Civil Veterinary Dept. Bombay admin report 1893-99 - 1893-1899
Year: 1893
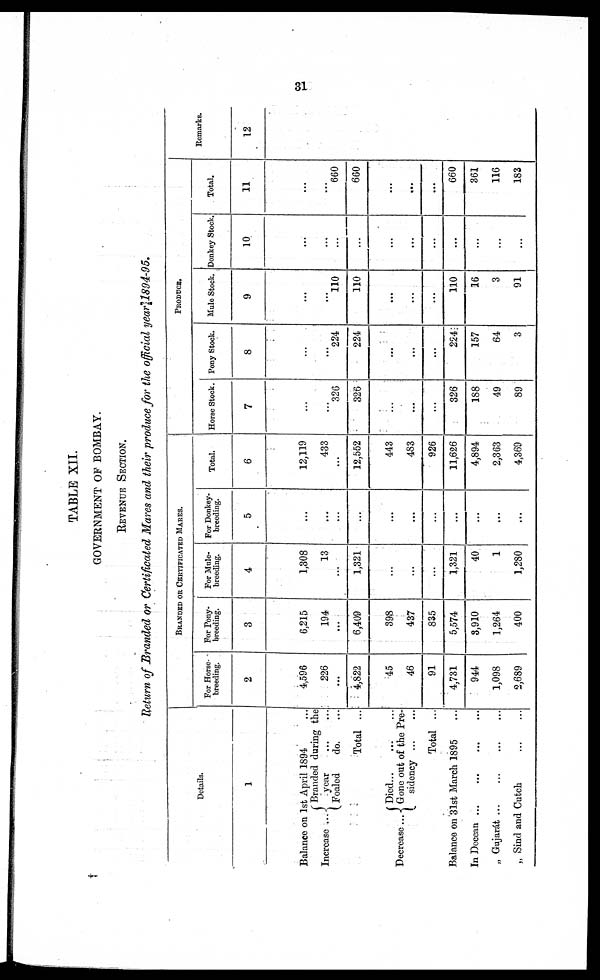
31
TABLE XII.
GOVERNMENT OF BOMBAY.
REVENUE SECTION
Return of Branded or Certificated Mares and their produce for the official year 1894-95.
Details.
1
Balance on 1st April 1894 ...
Increase ...
Branded during the
year
...
...
Foaled
do. ...
Total ...
Decrease ...
Died
...
...
Gone out of the Pre-
sidency
...
...
Total ...
Balance on 31st March 1895 ...
In Deccan
...
...
...
„ Gujarát ... ... ... ...
„ Sind and Cutch
...
...
BRANDED OR CERTIFICATE MARES.
For Horse-
breeding.
2
4,596
226
...
4,822
45
46
91
4,731
944
1,098
2,689
For Pony-
breeding.
3
6,215
194
...
6,409
398
437
835
5,574
8,910
1,264
400
For Mule-
breeding.
4
1,308
13
...
1,321
...
...
...
1,321
40
1
1,280
For Donkey-
breeding.
5
...
...
...
...
...
...
...
...
...
...
...
Total.
6
12,119
433
...
12,552
443
483
926
11,626
4,894
2,363
4,369
PRODUCE
Horse Stock.
7
...
...
326
326
...
....
...
326
188
49
89
Pony Stock.
8
...
...
224
224
...
...
...
254
157
64
3
Mule Stock.
9
...
...
110
110
...
...
...
110
16
3
91
Donkey Stock.
10
...
...
...
...
...
...
...
...
...
...
...
Total.
11
...
660
660
...
...
...
660
361
116
183
Remarks.
12